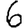
Digit: 6